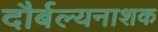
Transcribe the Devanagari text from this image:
दौर्बल्यनाशक